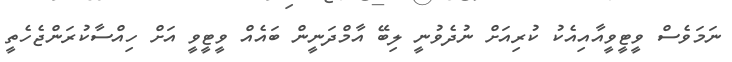
ނަމަވެސް ވީޓީވީއާއިއެކު ކުރިއަށް ނުދެވުނީ ލިބޭ އާމްދަނީން ބައެއް ވީޓީވީ އަށް ހިއްސާކުރަންޖެހެތީ